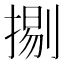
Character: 𢱦